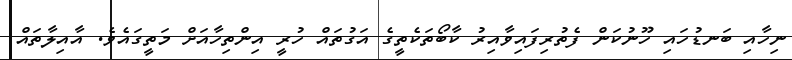
ނިހާއި ބަނޑުހައި ހޫނުކަން ފެތުރިފައިވާއިރު ކާބޯތަކެތީގެ އަގުތައް ހުރީ އިންތިހާއަށް މަތީގައެވެ. އާއިލާތައް